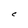
Character: C